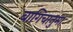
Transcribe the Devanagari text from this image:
बागिचानुमा